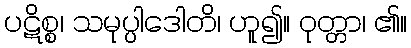
ပဋိစ္စ၊ သမုပ္ပါဒေါတိ၊ ဟူ၍။ ဝုတ္တာ၊ ၏။